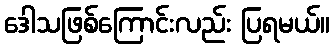
ဒေါသဖြစ်ကြောင်းလည်း ပြရမယ်။